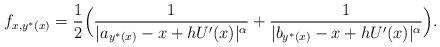
LaTeX: \begin{align*} f_{x,y^*(x)}= \frac{1}{2}\Big(\frac{1}{| a_{y^*(x)}-x+hU'(x)|^\alpha}+\frac{1}{| b_{y^*(x)}-x+hU'(x)|^\alpha}\Big). \end{align*}